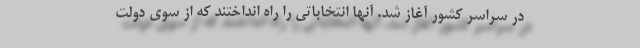
در سراسر کشور آغاز شد. آنها انتخاباتی را راه انداختند که از سوی دولت